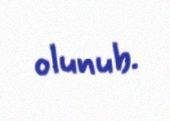
olunub.